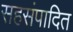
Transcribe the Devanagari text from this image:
सहसंपादित